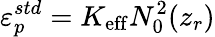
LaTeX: \varepsilon_{p}^{std}=K_{\mathrm{eff}}N_{0}^{2}(z_{r})